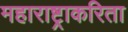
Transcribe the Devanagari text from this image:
महाराष्ट्राकरिता